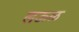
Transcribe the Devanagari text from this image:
लऊळ